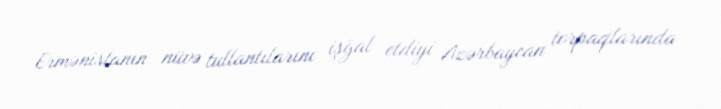
Ermənistanın nüvə tullantılarını işğal etdiyi Azərbaycan torpaqlarında